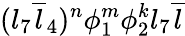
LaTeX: (l_{7}{\overline{{{l}}}}_{4})^{n}\phi_{1}^{m}\phi_{2}^{k}l_{7}{\overline{{{l}}}}